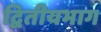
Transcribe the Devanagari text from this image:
द्वितीयभाग